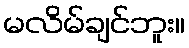
မလိမ်ချင်ဘူး။